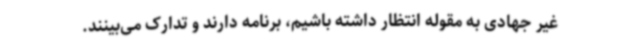
غیر جهادی به مقوله انتظار داشته باشیم، برنامه دارند و تدارک می‌بینند.